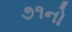
૭૧નો